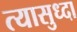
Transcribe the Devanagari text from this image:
त्यासुध्दा